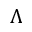
\Lambda